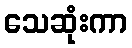
သေဆုံးကာ